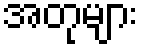
အတုများ